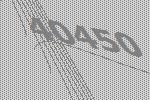
40450